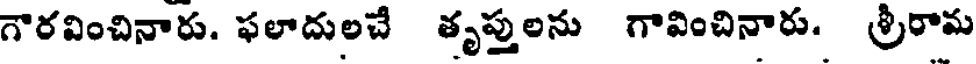
గౌరవించినారు. ఫలాదులచే తృప్తులను గావించినారు. శ్రీరామ